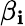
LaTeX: \beta_{\mathbf{i}}